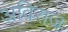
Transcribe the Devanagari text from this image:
अविराज